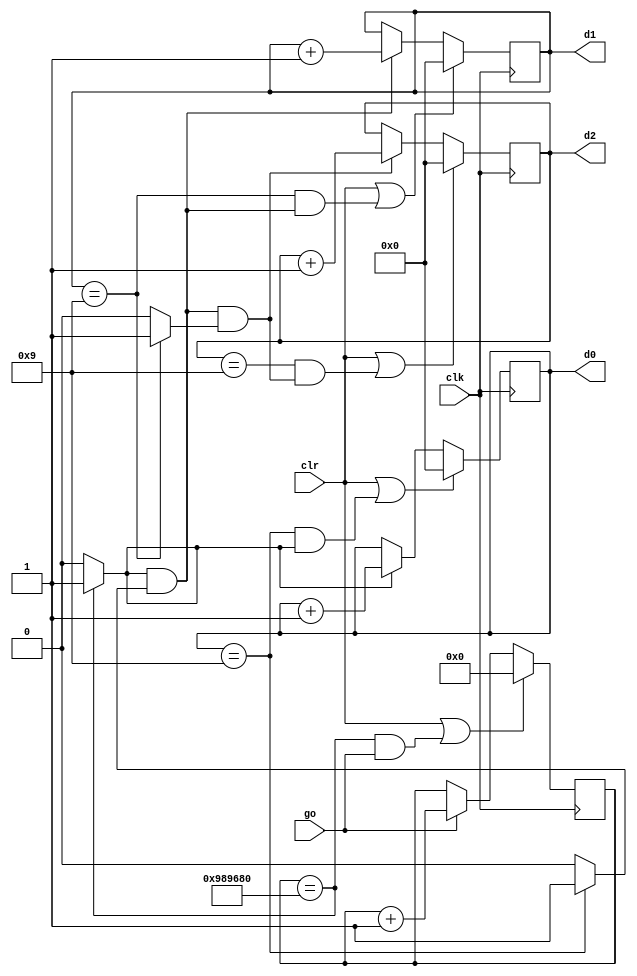
module stopwatch
  (
   input wire clk,
   input wire go,
   input wire clr,
   output wire [3:0] d2, d1, d0
   );

   // signal declarations
   localparam DVSR = 10000000;

   wire [3:0]        d2_next;
   wire [3:0]        d1_next;
   wire [3:0]        d0_next;

   reg [3:0]         d2_reg;
   reg [3:0]         d1_reg;
   reg [3:0]         d0_reg;

   wire               d2_tick;
   wire               d1_tick;
   wire               d0_tick;
   wire               ms_tick;

   wire               d2_en;
   wire               d1_en;
   wire               d0_en;


   wire [23:0]       ms_next;
   reg [23:0]        ms_reg;

   // body
   // register
   always @(posedge clk) begin
      d2_reg <= d2_next;
      d1_reg <= d1_next;
      d0_reg <= d0_next;
      ms_reg <= ms_next;
   end

   // next state logic
   assign ms_next = (clr || (ms_reg == DVSR && go)) ? 4'b0 :
                    (go) ? ms_reg + 1 :
                    ms_reg;

   assign ms_tick = (ms_reg == DVSR) ? 1'b1 : 1'b0;

   // 0.1 sec counter
   assign d0_en = ms_tick;
   assign d0_next = (clr || (d0_reg == 9 && d0_en)) ? 4'b0 :
                    (d0_en) ? d0_reg + 1 :
                    d0_reg;

   assign d0_tick = (d0_reg == 9) ? 1'b1 : 1'b0;

   // 1 sec counter
   assign d1_en = ms_tick & d0_tick;
   assign d1_next = (clr || (d1_reg == 9 && d1_en)) ? 4'b0 :
                    (d1_en) ? d1_reg + 1 :
                    d1_reg;
   assign d1_tick = (d1_reg == 9) ? 1'b1 : 1'b0;

   // 10 sec counter
   assign d2_en = ms_tick & d0_tick & d1_tick;
   assign d2_next = (clr || (d2_reg == 9 && d2_en)) ? 4'b0 :
                    (d2_en) ? d2_reg + 1 :
                    d2_reg;

   // output logic
   assign d0 = d0_reg;
   assign d1 = d1_reg;
   assign d2 = d2_reg;

endmodule // stopwatch